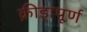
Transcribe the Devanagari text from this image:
क्रीड़ापूर्ण